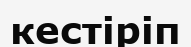
кестіріп